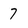
Character: 7